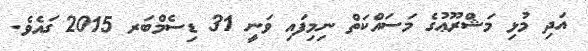
އަދި މުޅި މަޝްރޫޢުގެ މަސައްކަތް ނިމިފައި ވަނީ 31 ޑިސެމްބަރ 2015 ގައެވެ.